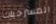
المسرحيات